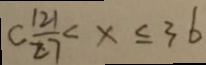
C \frac { 1 2 1 } { 2 7 } < x \leq 3 6